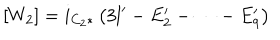
[ W _ { 2 } ] = i _ { C _ { 2 } * } \left( 3 l ^ { \prime } - E _ { 2 } ^ { \prime } - \dots - E _ { 9 } ^ { \prime } \right)